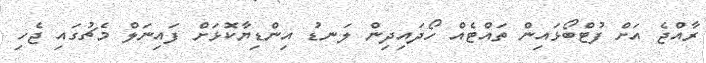
ރާއްޖެ އަށް ފުޓްބޯޅައިން ތައްޓެއް ހޯދައިދިން ލަނޑު އިންޑިޔާކޮޅަށް ފައިނަލް މެޗުގައި ޖެހި